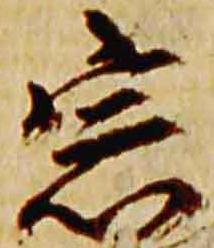
宗